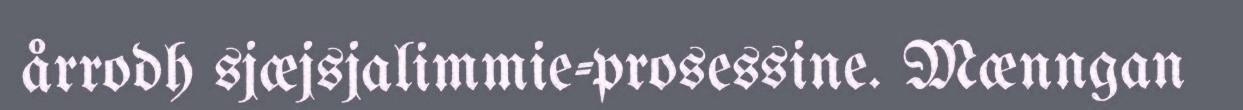
årrodh sjæjsjalimmie-prosessine. Mænngan